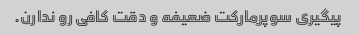
پیگیری سوپرمارکت ضعیفه و دقت کافی رو ندارن.